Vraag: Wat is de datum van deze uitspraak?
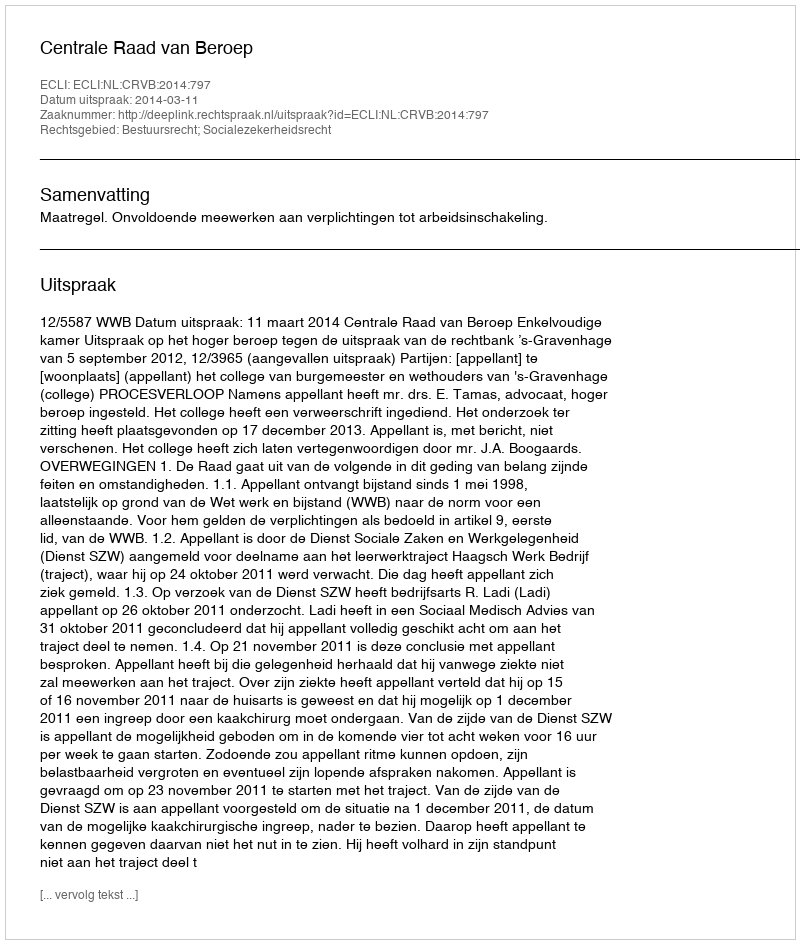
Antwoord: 2014-03-11